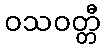
ဝသဝတ္တီ